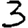
Digit: 3